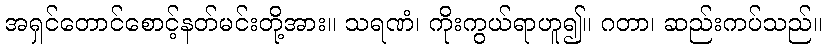
အရှင်တောင်စောင့်နတ်မင်းတို့အား။ သရဏံ၊ ကိုးကွယ်ရာဟူ၍။ ဂတာ၊ ဆည်းကပ်သည်။